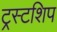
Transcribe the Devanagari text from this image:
ट्रस्टशिप